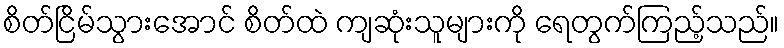
စိတ်ငြိမ်သွားအောင် စိတ်ထဲ ကျဆုံးသူများကို ရေတွက်ကြည့်သည်။